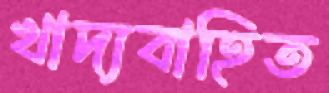
খাদ্যবাহিত